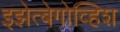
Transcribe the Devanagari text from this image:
इझेत्बेगोव्हिश